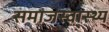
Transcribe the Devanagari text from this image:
समाजस्वा्स्थ्य